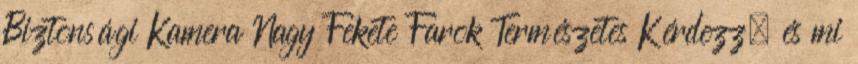
Biztonsági Kamera Nagy Fekete Farok Természetes Kérdezz, és mi